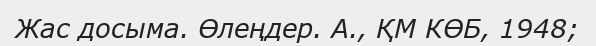
Жас досыма. Өлеңдер. А., ҚМ КӨБ, 1948;